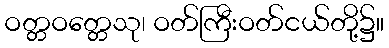
ဝတ္တဝတ္တေသု၊ ဝတ်ကြီးဝတ်ငယ်တို့၌။